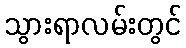
သွားရာလမ်းတွင်